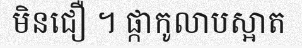
មិនជឿ ។ ផ្កាកូលាបស្អាត